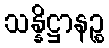
သန္နိဋ္ဌာနဉ္စ